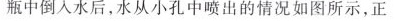
瓶中倒入水后，水从小孔中喷出的情况如图所示，正